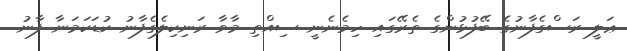
ޢަލީ ރަސްގެފާނުގެ ބޭފުޅުންގެ ތެރޭގައި ހިމެނެނީ ސިއްތި މާވާ ރަނިކިލެގެފާނު ކުޑަކަމަނާ ފާނު